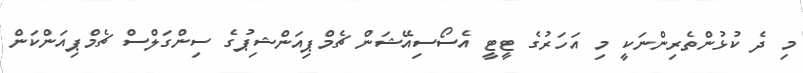
މި ދެ ކުޅުންތެރިންނަކީ މި އަހަރުގެ ޓީޓީ އެސޯސިއޭޝަން ޗެމްޕިއަންޝިޕުގެ ސިންގަލްސް ޗެމްޕިއަންކަން